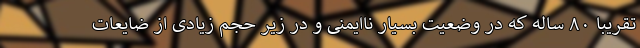
تقریبا ۸۰ ساله که در وضعیت بسیار ناایمنی و در زیر حجم زیادی از ضایعات